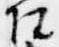
院